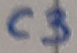
Text: C3